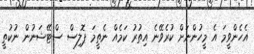
އެހެންވީމަ އެ މީހުންނަށް ކުރެވޭނެ އިތުރު ކަމެއް ނެތީމަ ޕޮލިސް ސްޓޭޝަނުން ނުކުތީ